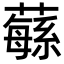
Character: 𦾴